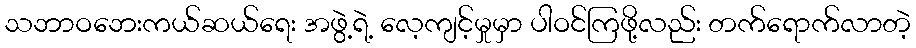
သဘာဝဘေးကယ်ဆယ်ရေး အဖွဲ့ရဲ့ လေ့ကျင့်မှုမှာ ပါဝင်ကြဖို့လည်း တက်ရောက်လာတဲ့